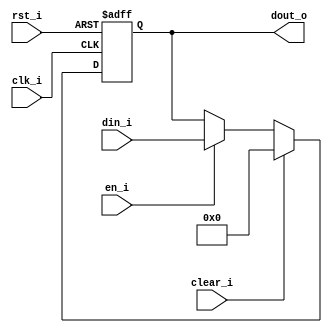
// Name: .v
//
// Description: 

module ff_buffer #(
  parameter Width = 8
) ( 
  input              rst_i,
  input              clk_i,
  input              en_i,
  input              clear_i,
  input  [Width-1:0] din_i,
  output [Width-1:0] dout_o
);

  reg  [Width-1:0] reg_q;
  wire [Width-1:0] mux1;
  wire [Width-1:0] mux2_d;
  
  assign mux1 = (en_i) ? din_i : reg_q;
  assign mux2_d = (clear_i) ? { Width {1'b0} } : mux1;
   
  always @(posedge clk_i, posedge rst_i) begin
    if (rst_i)
      reg_q <= { Width {1'b0} }; 
    else
      reg_q <= mux2_d;
  end   
  
  assign dout_o = reg_q;
  
endmodule